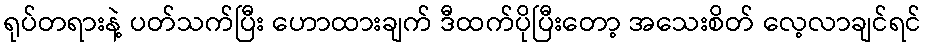
ရုပ်တရားနဲ့ ပတ်သက်ပြီး ဟောထားချက် ဒီထက်ပိုပြီးတော့ အသေးစိတ် လေ့လာချင်ရင်